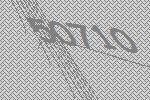
50710